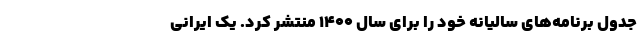
جدول برنامه‌های سالیانه‌ خود را برای سال ۱۴۰۰ منتشر کرد. یک ایرانی